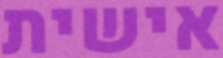
אישית